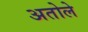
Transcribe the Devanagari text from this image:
अतोले